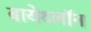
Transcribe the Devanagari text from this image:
बायेथ्लॉन